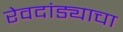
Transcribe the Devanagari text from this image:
रेवदांड्याचा